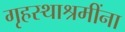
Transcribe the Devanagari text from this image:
गृहस्थाश्रमींना